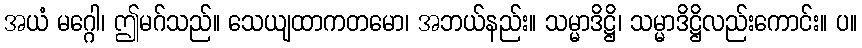
အယံ မဂ္ဂေါ၊ ဤမဂ်သည်။ သေယျထာကတမော၊ အဘယ်နည်း။ သမ္မာဒိဋ္ဌိ၊ သမ္မာဒိဋ္ဌိလည်းကောင်း။ ပ။